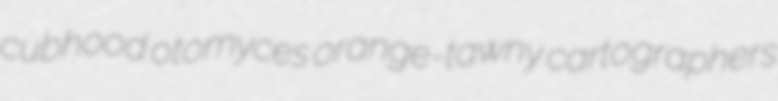
cubhood otomyces orange-tawny cartographers